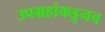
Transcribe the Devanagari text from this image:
उपग्रहांकडुनच